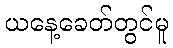
ယနေ့ခေတ်တွင်မူ